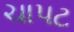
ચાપટ